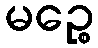
မဉ္စေ